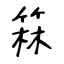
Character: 箖